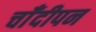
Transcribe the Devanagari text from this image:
चाँदीपन